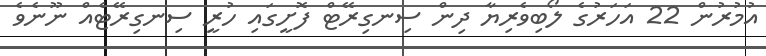
އުމުރުން 22 އަހަރުގެ ލޯބިވެރިޔާ ދިން ސިނގިރޭޓް ފޮށީގައި ހުރީ ސިނގިރޭޓެއް ނޫނެވެ